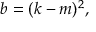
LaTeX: b = ( k - m ) ^ { 2 } ,